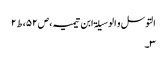
التوسل و الوسیلۃ ابن تیمیہ،ص۵۲،ط۲
۳۔